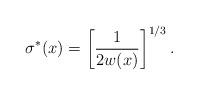
LaTeX: \begin{align*}\sigma^*(x) = \left[\frac{1}{2w(x)} \right]^{1/3}.\end{align*}